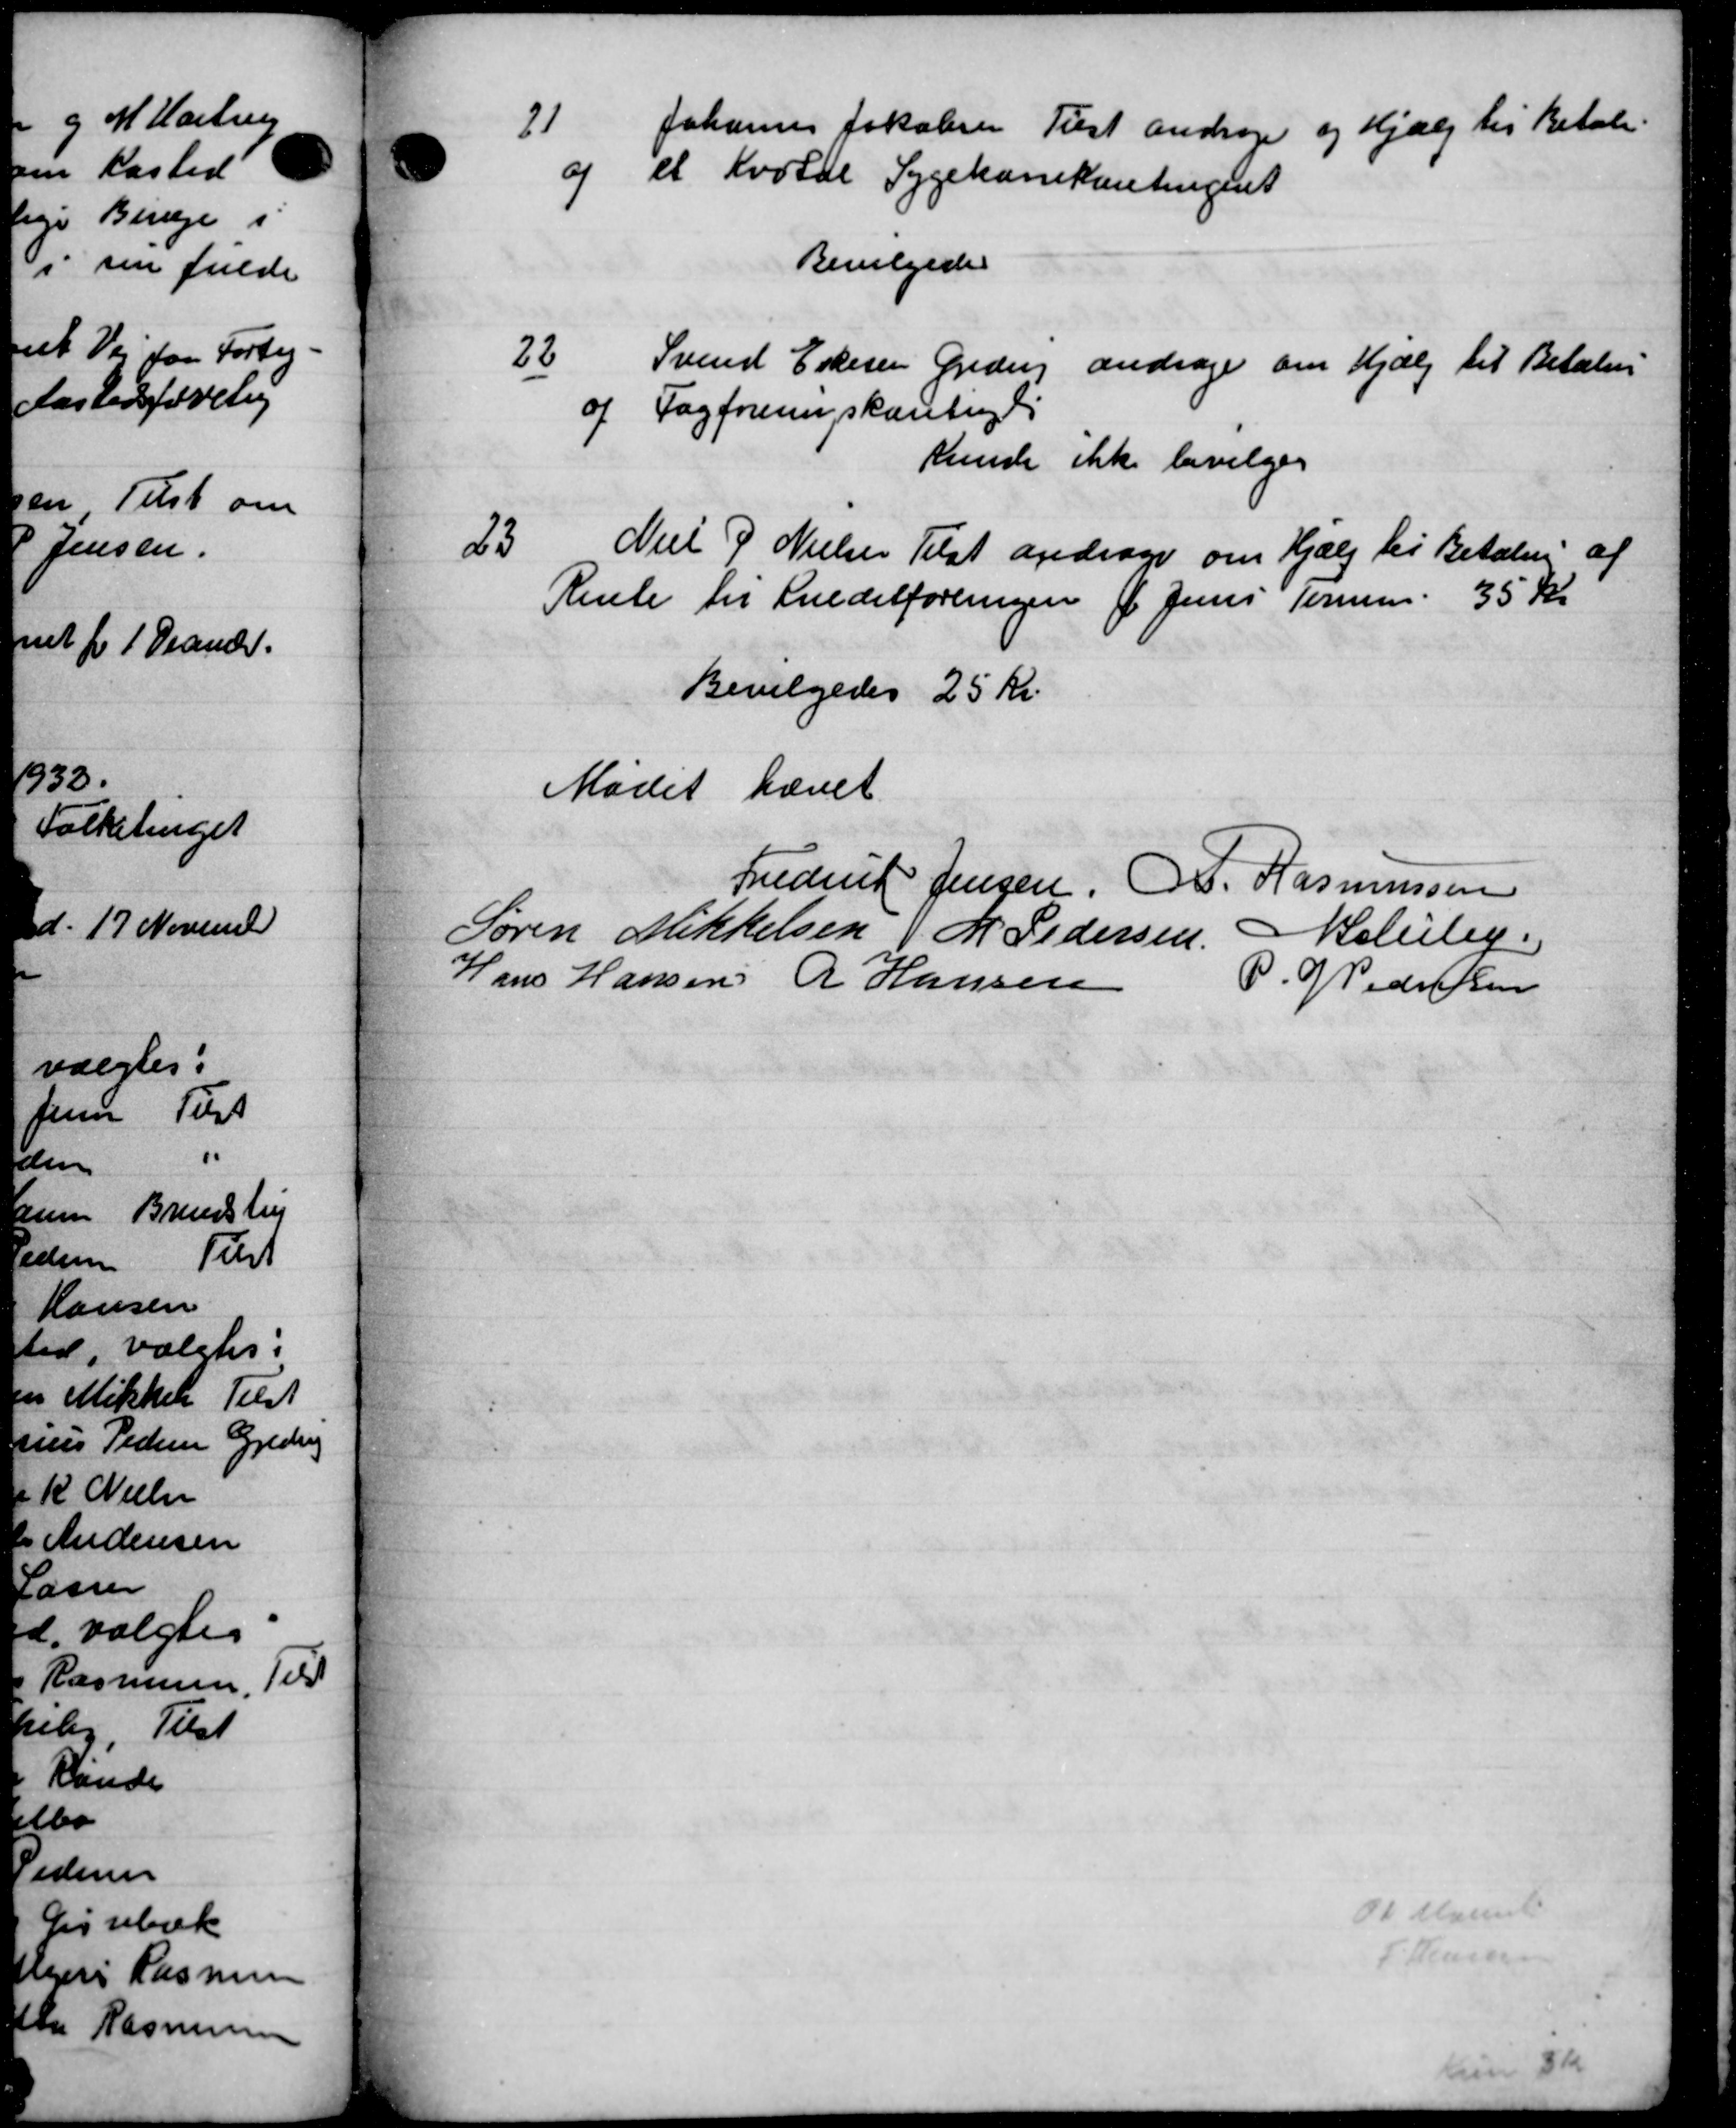
Transskription:
Kr

00

1
Johannes Lokalere Tilst andrager og Hjælp til Betale.
og et Kvotal Sygekassekontingent
Bevilgedes
22
Svend Eskesen Greder andrager om Hjælp til Betaling
of Fagforeningskontingels
kunde ikke bevilges
23
Niel J. Nielsen Tilst andrager om Hjælp til Betaling af
Rente til Sneditforeningen f Juni Teren 35 Kr
Bevilgedes 25 kr.
Mødet hævet
Frederik Jensen, A. Rasmussen
Søren Mikkelsen J M Pedersen Baluly
Hans Hansen R Hansen
P. P Pedersen
do Maanet
P Jensen